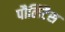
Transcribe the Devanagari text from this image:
पौलिटैस